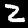
Digit: 2